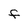
Character: f